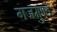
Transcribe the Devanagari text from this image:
गजमुण्ड